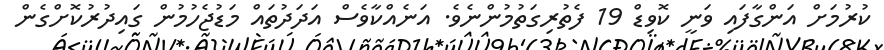
ކުރުމަށް އަންގާފައި ވަނީ ކޮވިޑް 19 ފެތުރިގަތުމުންނެވެ. އަނެއްކާވެސް އަދަދުތައް މަޑުޖެހުމުން ގައިދުރުކޮށްގެން